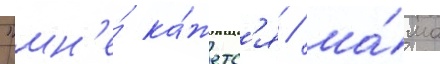
"мн'е́ ка́жетс'я / ма́ма